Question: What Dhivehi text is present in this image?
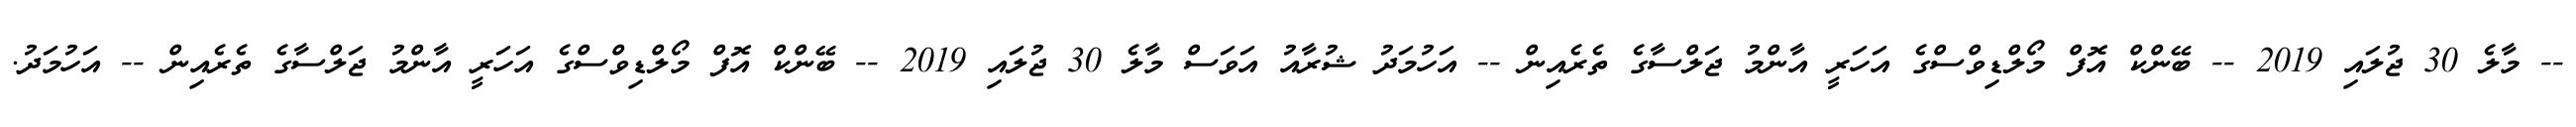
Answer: -- މާލެ 30 ޖުލައި 2019 -- ބޭންކް އޮފް މޯލްޑިވްސްގެ އަހަރީ އާންމު ޖަލްސާގެ ތެރެއިން -- އަހުމަދު ޝުރާއު އަވަސް މާލެ 30 ޖުލައި 2019 -- ބޭންކް އޮފް މޯލްޑިވްސްގެ އަހަރީ އާންމު ޖަލްސާގެ ތެރެއިން -- އަހުމަދު.